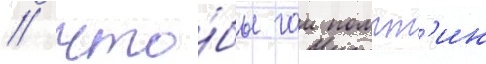
/ что́бы гаи помпт'ин